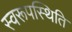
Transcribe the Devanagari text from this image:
स्वरूपस्थिति